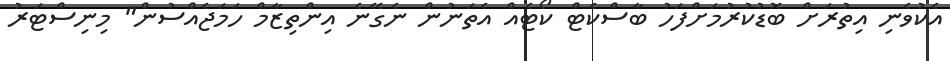
އެކުވެނި އިތުރަށް ބޮޑުކުރުމަށްފަހު ބާސްކެޓް ކޯޓެއް އެތަނުން ނެގޭނެ އިންތިޒާމް ހަމަޖެއްސުން" މިނިސްޓަރު